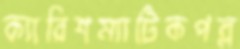
ক্যারিশম্যাটিকপল্ল